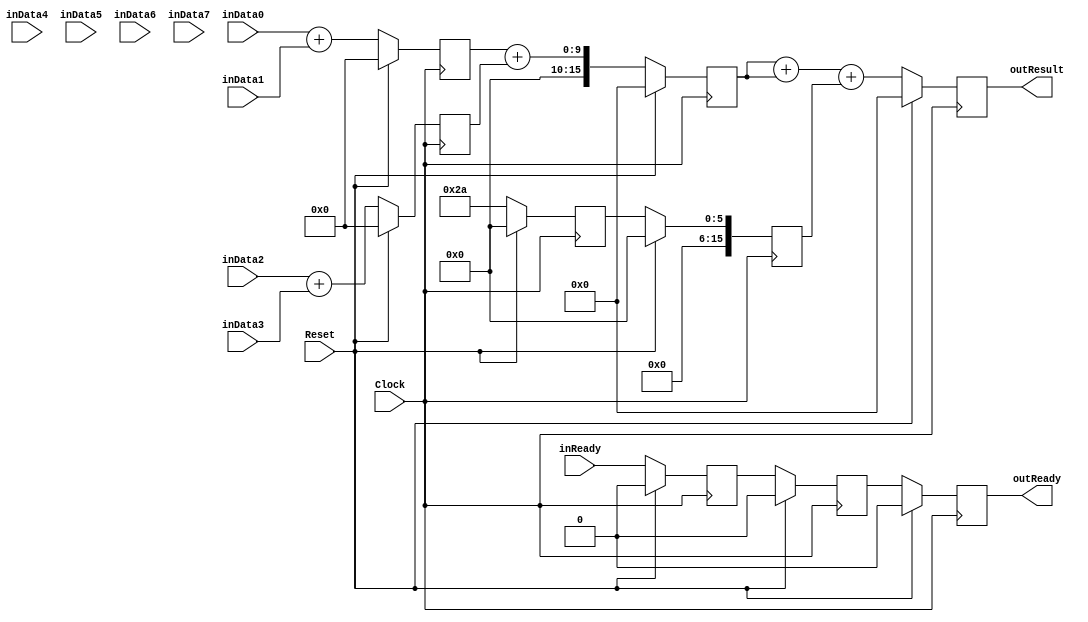
`timescale 1ns/1ps
`default_nettype none
// PLEASE READ THIS, IT MAY SAVE YOU SOME TIME AND MONEY, THANK YOU!
// * This file was generated by Quokka FPGA Toolkit.
// * Generated code is your property, do whatever you want with it
// * Place custom code between [BEGIN USER ***] and [END USER ***].
// * CAUTION: All code outside of [USER] scope is subject to regeneration.
// * Bad things happen sometimes in developer's life,
//   it is recommended to use source control management software (e.g. git, bzr etc) to keep your custom code safe'n'sound.
// * Internal structure of code is subject to change.
//   You can use some of signals in custom code, but most likely they will not exist in future (e.g. will get shorter or gone completely)
// * Please send your feedback, comments, improvement ideas etc. to evmuryshkin@gmail.com
// * Visit https://github.com/EvgenyMuryshkin/QuokkaEvaluation to access latest version of playground
//
// DISCLAIMER:
//   Code comes AS-IS, it is your responsibility to make sure it is working as expected
//   no responsibility will be taken for any loss or damage caused by use of Quokka toolkit.
//
// System configuration name is TypedPipelineModule_TopLevel, clock frequency is 1Hz, Top-level
// FSM summary
// -- Packages
module TypedPipelineModule_TopLevel
(
	// [BEGIN USER PORTS]
	// [END USER PORTS]
	input wire Clock,
	input wire Reset,
	input wire [7:0] inData0,
	input wire [7:0] inData1,
	input wire [7:0] inData2,
	input wire [7:0] inData3,
	input wire [7:0] inData4,
	input wire [7:0] inData5,
	input wire [7:0] inData6,
	input wire [7:0] inData7,
	input wire inReady,
	output wire outReady,
	output wire [15:0] outResult
);
	// [BEGIN USER SIGNALS]
	// [END USER SIGNALS]
	localparam HiSignal = 1'b1;
	localparam LoSignal = 1'b0;
	wire Zero = 1'b0;
	wire One = 1'b1;
	wire true = 1'b1;
	wire false = 1'b0;
	wire [15: 0] Pipeline_stage0_State_sumsDefault = 16'b0000000000000000;
	wire [15: 0] Pipeline_stage1_State_s0SumsDefault = 16'b0000000000000000;
	wire [15: 0] Pipeline_stage1_State_sumsDefault = 16'b0000000000000000;
	wire [5: 0] Pipeline_TypedPipelineModule_L86F29T43_TypedPipelineModule_L53F9L67T10_TypedPipelineModule_L64F21T23_Expr = 6'b101010;
	wire Inputs_inReady;
	reg Pipeline_stage0_NextState_ready;
	reg Pipeline_stage1_NextState_ready;
	reg Pipeline_stage2_NextState_ready;
	reg [15: 0] Pipeline_stage2_NextState_result;
	wire Pipeline_Inputs_inReady;
	wire Pipeline_State_ready;
	wire [15: 0] Pipeline_State_result;
	wire Pipeline_NextState_ready;
	wire [15: 0] Pipeline_NextState_result;
	reg [15: 0] Pipeline_TypedPipelineModule_L86F29T43_TypedPipelineModule_L53F9L67T10_sum0;
	wire [15: 0] Pipeline_TypedPipelineModule_L86F29T43_TypedPipelineModule_L53F9L67T10_TypedPipelineModule_L54F24T69_Cast;
	wire [15: 0] Pipeline_TypedPipelineModule_L86F29T43_TypedPipelineModule_L53F9L67T10_TypedPipelineModule_L61F21T66_Cast;
	wire [15: 0] Pipeline_TypedPipelineModule_L86F29T43_TypedPipelineModule_L53F9L67T10_TypedPipelineModule_L62F21T66_Cast;
	wire [15: 0] Pipeline_TypedPipelineModule_L86F29T43_TypedPipelineModule_L53F9L67T10_TypedPipelineModule_L63F21T66_Cast;
	wire [15: 0] Pipeline_TypedPipelineModule_L87F30T45_TypedPipelineModule_L70F9L81T10_TypedPipelineModule_L77F21T62_Cast;
	wire [15: 0] Pipeline_TypedPipelineModule_L87F30T45_TypedPipelineModule_L70F9L81T10_TypedPipelineModule_L78F21T62_Cast;
	wire [15: 0] Pipeline_TypedPipelineModule_L88F30T70_TypedPipelineModule_L31F9L37T10_TypedPipelineModule_L35F26T86_Cast;
	reg Pipeline_stage0_State_ready = 1'b0;
	wire Pipeline_stage0_State_readyDefault = 1'b0;
	reg Pipeline_stage1_State_ready = 1'b0;
	wire Pipeline_stage1_State_readyDefault = 1'b0;
	reg Pipeline_stage2_State_ready = 1'b0;
	wire Pipeline_stage2_State_readyDefault = 1'b0;
	reg [15: 0] Pipeline_stage2_State_result = 16'b0000000000000000;
	wire [15: 0] Pipeline_stage2_State_resultDefault = 16'b0000000000000000;
	wire [9: 0] Pipeline_TypedPipelineModule_L86F29T43_TypedPipelineModule_L53F9L67T10_TypedPipelineModule_L54F33T68_Expr;
	wire signed [9: 0] Pipeline_TypedPipelineModule_L86F29T43_TypedPipelineModule_L53F9L67T10_TypedPipelineModule_L54F33T68_Expr_1;
	wire signed [9: 0] Pipeline_TypedPipelineModule_L86F29T43_TypedPipelineModule_L53F9L67T10_TypedPipelineModule_L54F33T68_Expr_2;
	wire [9: 0] Pipeline_TypedPipelineModule_L86F29T43_TypedPipelineModule_L53F9L67T10_TypedPipelineModule_L61F30T65_Expr;
	wire signed [9: 0] Pipeline_TypedPipelineModule_L86F29T43_TypedPipelineModule_L53F9L67T10_TypedPipelineModule_L61F30T65_Expr_1;
	wire signed [9: 0] Pipeline_TypedPipelineModule_L86F29T43_TypedPipelineModule_L53F9L67T10_TypedPipelineModule_L61F30T65_Expr_2;
	wire [9: 0] Pipeline_TypedPipelineModule_L86F29T43_TypedPipelineModule_L53F9L67T10_TypedPipelineModule_L62F30T65_Expr;
	wire signed [9: 0] Pipeline_TypedPipelineModule_L86F29T43_TypedPipelineModule_L53F9L67T10_TypedPipelineModule_L62F30T65_Expr_1;
	wire signed [9: 0] Pipeline_TypedPipelineModule_L86F29T43_TypedPipelineModule_L53F9L67T10_TypedPipelineModule_L62F30T65_Expr_2;
	wire [9: 0] Pipeline_TypedPipelineModule_L86F29T43_TypedPipelineModule_L53F9L67T10_TypedPipelineModule_L63F30T65_Expr;
	wire signed [9: 0] Pipeline_TypedPipelineModule_L86F29T43_TypedPipelineModule_L53F9L67T10_TypedPipelineModule_L63F30T65_Expr_1;
	wire signed [9: 0] Pipeline_TypedPipelineModule_L86F29T43_TypedPipelineModule_L53F9L67T10_TypedPipelineModule_L63F30T65_Expr_2;
	wire [17: 0] Pipeline_TypedPipelineModule_L87F30T45_TypedPipelineModule_L70F9L81T10_TypedPipelineModule_L77F30T61_Expr;
	wire signed [17: 0] Pipeline_TypedPipelineModule_L87F30T45_TypedPipelineModule_L70F9L81T10_TypedPipelineModule_L77F30T61_Expr_1;
	wire signed [17: 0] Pipeline_TypedPipelineModule_L87F30T45_TypedPipelineModule_L70F9L81T10_TypedPipelineModule_L77F30T61_Expr_2;
	wire [17: 0] Pipeline_TypedPipelineModule_L87F30T45_TypedPipelineModule_L70F9L81T10_TypedPipelineModule_L78F30T61_Expr;
	wire signed [17: 0] Pipeline_TypedPipelineModule_L87F30T45_TypedPipelineModule_L70F9L81T10_TypedPipelineModule_L78F30T61_Expr_1;
	wire signed [17: 0] Pipeline_TypedPipelineModule_L87F30T45_TypedPipelineModule_L70F9L81T10_TypedPipelineModule_L78F30T61_Expr_2;
	wire [19: 0] Pipeline_TypedPipelineModule_L88F30T70_TypedPipelineModule_L31F9L37T10_TypedPipelineModule_L35F35T85_Expr;
	wire signed [19: 0] Pipeline_TypedPipelineModule_L88F30T70_TypedPipelineModule_L31F9L37T10_TypedPipelineModule_L35F35T85_Expr_1;
	wire signed [19: 0] Pipeline_TypedPipelineModule_L88F30T70_TypedPipelineModule_L31F9L37T10_TypedPipelineModule_L35F35T85_Expr_2;
	wire [17: 0] Pipeline_TypedPipelineModule_L88F30T70_TypedPipelineModule_L31F9L37T10_TypedPipelineModule_L35F35T66_Expr;
	wire signed [17: 0] Pipeline_TypedPipelineModule_L88F30T70_TypedPipelineModule_L31F9L37T10_TypedPipelineModule_L35F35T66_Expr_1;
	wire signed [17: 0] Pipeline_TypedPipelineModule_L88F30T70_TypedPipelineModule_L31F9L37T10_TypedPipelineModule_L35F35T66_Expr_2;
	wire [7 : 0] Inputs_inData [0 : 7];
	integer Pipeline_stage0_State_sums_Iterator;
	reg [15 : 0] Pipeline_stage0_State_sums [0 : 4];
	initial
	begin : Init_Pipeline_stage0_State_sums
		for (Pipeline_stage0_State_sums_Iterator = 0; Pipeline_stage0_State_sums_Iterator < 5; Pipeline_stage0_State_sums_Iterator = Pipeline_stage0_State_sums_Iterator + 1)
			Pipeline_stage0_State_sums[Pipeline_stage0_State_sums_Iterator] = 0;
	end
	integer Pipeline_stage0_NextState_sums_Iterator;
	reg [15 : 0] Pipeline_stage0_NextState_sums [0 : 4];
	initial
	begin : Init_Pipeline_stage0_NextState_sums
		for (Pipeline_stage0_NextState_sums_Iterator = 0; Pipeline_stage0_NextState_sums_Iterator < 5; Pipeline_stage0_NextState_sums_Iterator = Pipeline_stage0_NextState_sums_Iterator + 1)
			Pipeline_stage0_NextState_sums[Pipeline_stage0_NextState_sums_Iterator] = 0;
	end
	integer Pipeline_stage1_State_s0Sums_Iterator;
	reg [15 : 0] Pipeline_stage1_State_s0Sums [0 : 4];
	initial
	begin : Init_Pipeline_stage1_State_s0Sums
		for (Pipeline_stage1_State_s0Sums_Iterator = 0; Pipeline_stage1_State_s0Sums_Iterator < 5; Pipeline_stage1_State_s0Sums_Iterator = Pipeline_stage1_State_s0Sums_Iterator + 1)
			Pipeline_stage1_State_s0Sums[Pipeline_stage1_State_s0Sums_Iterator] = 0;
	end
	integer Pipeline_stage1_NextState_s0Sums_Iterator;
	reg [15 : 0] Pipeline_stage1_NextState_s0Sums [0 : 4];
	initial
	begin : Init_Pipeline_stage1_NextState_s0Sums
		for (Pipeline_stage1_NextState_s0Sums_Iterator = 0; Pipeline_stage1_NextState_s0Sums_Iterator < 5; Pipeline_stage1_NextState_s0Sums_Iterator = Pipeline_stage1_NextState_s0Sums_Iterator + 1)
			Pipeline_stage1_NextState_s0Sums[Pipeline_stage1_NextState_s0Sums_Iterator] = 0;
	end
	integer Pipeline_stage1_State_sums_Iterator;
	reg [15 : 0] Pipeline_stage1_State_sums [0 : 1];
	initial
	begin : Init_Pipeline_stage1_State_sums
		for (Pipeline_stage1_State_sums_Iterator = 0; Pipeline_stage1_State_sums_Iterator < 2; Pipeline_stage1_State_sums_Iterator = Pipeline_stage1_State_sums_Iterator + 1)
			Pipeline_stage1_State_sums[Pipeline_stage1_State_sums_Iterator] = 0;
	end
	integer Pipeline_stage1_NextState_sums_Iterator;
	reg [15 : 0] Pipeline_stage1_NextState_sums [0 : 1];
	initial
	begin : Init_Pipeline_stage1_NextState_sums
		for (Pipeline_stage1_NextState_sums_Iterator = 0; Pipeline_stage1_NextState_sums_Iterator < 2; Pipeline_stage1_NextState_sums_Iterator = Pipeline_stage1_NextState_sums_Iterator + 1)
			Pipeline_stage1_NextState_sums[Pipeline_stage1_NextState_sums_Iterator] = 0;
	end
	wire [7 : 0] Pipeline_Inputs_inData [0 : 7];
	wire [15 : 0] Pipeline_TypedPipelineModule_L86F29T43_TypedPipelineModule_L53F9L67T10_TypedPipelineModule_L58F24L65T18_Enumerable [0 : 4];
	wire [15 : 0] Pipeline_TypedPipelineModule_L87F30T45_TypedPipelineModule_L70F9L81T10_TypedPipelineModule_L75F24L79T18_Enumerable [0 : 1];
	always @ (posedge Clock)
	begin
		if ((Reset == 1))
		begin
			Pipeline_stage0_State_ready <= Pipeline_stage0_State_readyDefault;
			Pipeline_stage1_State_ready <= Pipeline_stage1_State_readyDefault;
			Pipeline_stage2_State_ready <= Pipeline_stage2_State_readyDefault;
			Pipeline_stage2_State_result <= Pipeline_stage2_State_resultDefault;
		end
		else
		begin
			Pipeline_stage0_State_ready <= Pipeline_stage0_NextState_ready;
			Pipeline_stage1_State_ready <= Pipeline_stage1_NextState_ready;
			Pipeline_stage2_State_ready <= Pipeline_stage2_NextState_ready;
			Pipeline_stage2_State_result <= Pipeline_stage2_NextState_result;
		end
	end
	always @ (posedge Clock)
	begin
		if ((Reset == 1))
		begin
			for (Pipeline_stage0_State_sums_Iterator = 0; (Pipeline_stage0_State_sums_Iterator < 5); Pipeline_stage0_State_sums_Iterator = (Pipeline_stage0_State_sums_Iterator + 1))
			begin
				Pipeline_stage0_State_sums[Pipeline_stage0_State_sums_Iterator] <= Pipeline_stage0_State_sumsDefault;
			end
		end
		else
		begin
			for (Pipeline_stage0_State_sums_Iterator = 0; (Pipeline_stage0_State_sums_Iterator < 5); Pipeline_stage0_State_sums_Iterator = (Pipeline_stage0_State_sums_Iterator + 1))
			begin
				Pipeline_stage0_State_sums[Pipeline_stage0_State_sums_Iterator] <= Pipeline_stage0_NextState_sums[Pipeline_stage0_State_sums_Iterator];
			end
		end
	end
	always @ (posedge Clock)
	begin
		if ((Reset == 1))
		begin
			for (Pipeline_stage1_State_s0Sums_Iterator = 0; (Pipeline_stage1_State_s0Sums_Iterator < 5); Pipeline_stage1_State_s0Sums_Iterator = (Pipeline_stage1_State_s0Sums_Iterator + 1))
			begin
				Pipeline_stage1_State_s0Sums[Pipeline_stage1_State_s0Sums_Iterator] <= Pipeline_stage1_State_s0SumsDefault;
			end
		end
		else
		begin
			for (Pipeline_stage1_State_s0Sums_Iterator = 0; (Pipeline_stage1_State_s0Sums_Iterator < 5); Pipeline_stage1_State_s0Sums_Iterator = (Pipeline_stage1_State_s0Sums_Iterator + 1))
			begin
				Pipeline_stage1_State_s0Sums[Pipeline_stage1_State_s0Sums_Iterator] <= Pipeline_stage1_NextState_s0Sums[Pipeline_stage1_State_s0Sums_Iterator];
			end
		end
	end
	always @ (posedge Clock)
	begin
		if ((Reset == 1))
		begin
			for (Pipeline_stage1_State_sums_Iterator = 0; (Pipeline_stage1_State_sums_Iterator < 2); Pipeline_stage1_State_sums_Iterator = (Pipeline_stage1_State_sums_Iterator + 1))
			begin
				Pipeline_stage1_State_sums[Pipeline_stage1_State_sums_Iterator] <= Pipeline_stage1_State_sumsDefault;
			end
		end
		else
		begin
			for (Pipeline_stage1_State_sums_Iterator = 0; (Pipeline_stage1_State_sums_Iterator < 2); Pipeline_stage1_State_sums_Iterator = (Pipeline_stage1_State_sums_Iterator + 1))
			begin
				Pipeline_stage1_State_sums[Pipeline_stage1_State_sums_Iterator] <= Pipeline_stage1_NextState_sums[Pipeline_stage1_State_sums_Iterator];
			end
		end
	end
	assign Pipeline_TypedPipelineModule_L86F29T43_TypedPipelineModule_L53F9L67T10_TypedPipelineModule_L54F33T68_Expr = Pipeline_TypedPipelineModule_L86F29T43_TypedPipelineModule_L53F9L67T10_TypedPipelineModule_L54F33T68_Expr_1 + Pipeline_TypedPipelineModule_L86F29T43_TypedPipelineModule_L53F9L67T10_TypedPipelineModule_L54F33T68_Expr_2;
	assign Pipeline_TypedPipelineModule_L86F29T43_TypedPipelineModule_L53F9L67T10_TypedPipelineModule_L61F30T65_Expr = Pipeline_TypedPipelineModule_L86F29T43_TypedPipelineModule_L53F9L67T10_TypedPipelineModule_L61F30T65_Expr_1 + Pipeline_TypedPipelineModule_L86F29T43_TypedPipelineModule_L53F9L67T10_TypedPipelineModule_L61F30T65_Expr_2;
	assign Pipeline_TypedPipelineModule_L86F29T43_TypedPipelineModule_L53F9L67T10_TypedPipelineModule_L62F30T65_Expr = Pipeline_TypedPipelineModule_L86F29T43_TypedPipelineModule_L53F9L67T10_TypedPipelineModule_L62F30T65_Expr_1 + Pipeline_TypedPipelineModule_L86F29T43_TypedPipelineModule_L53F9L67T10_TypedPipelineModule_L62F30T65_Expr_2;
	assign Pipeline_TypedPipelineModule_L86F29T43_TypedPipelineModule_L53F9L67T10_TypedPipelineModule_L63F30T65_Expr = Pipeline_TypedPipelineModule_L86F29T43_TypedPipelineModule_L53F9L67T10_TypedPipelineModule_L63F30T65_Expr_1 + Pipeline_TypedPipelineModule_L86F29T43_TypedPipelineModule_L53F9L67T10_TypedPipelineModule_L63F30T65_Expr_2;
	assign Pipeline_TypedPipelineModule_L87F30T45_TypedPipelineModule_L70F9L81T10_TypedPipelineModule_L77F30T61_Expr = Pipeline_TypedPipelineModule_L87F30T45_TypedPipelineModule_L70F9L81T10_TypedPipelineModule_L77F30T61_Expr_1 + Pipeline_TypedPipelineModule_L87F30T45_TypedPipelineModule_L70F9L81T10_TypedPipelineModule_L77F30T61_Expr_2;
	assign Pipeline_TypedPipelineModule_L87F30T45_TypedPipelineModule_L70F9L81T10_TypedPipelineModule_L78F30T61_Expr = Pipeline_TypedPipelineModule_L87F30T45_TypedPipelineModule_L70F9L81T10_TypedPipelineModule_L78F30T61_Expr_1 + Pipeline_TypedPipelineModule_L87F30T45_TypedPipelineModule_L70F9L81T10_TypedPipelineModule_L78F30T61_Expr_2;
	assign Pipeline_TypedPipelineModule_L88F30T70_TypedPipelineModule_L31F9L37T10_TypedPipelineModule_L35F35T85_Expr = Pipeline_TypedPipelineModule_L88F30T70_TypedPipelineModule_L31F9L37T10_TypedPipelineModule_L35F35T85_Expr_1 + Pipeline_TypedPipelineModule_L88F30T70_TypedPipelineModule_L31F9L37T10_TypedPipelineModule_L35F35T85_Expr_2;
	assign Pipeline_TypedPipelineModule_L88F30T70_TypedPipelineModule_L31F9L37T10_TypedPipelineModule_L35F35T66_Expr = Pipeline_TypedPipelineModule_L88F30T70_TypedPipelineModule_L31F9L37T10_TypedPipelineModule_L35F35T66_Expr_1 + Pipeline_TypedPipelineModule_L88F30T70_TypedPipelineModule_L31F9L37T10_TypedPipelineModule_L35F35T66_Expr_2;
	always @ (*)
	begin
		Pipeline_TypedPipelineModule_L86F29T43_TypedPipelineModule_L53F9L67T10_sum0 = Pipeline_TypedPipelineModule_L86F29T43_TypedPipelineModule_L53F9L67T10_TypedPipelineModule_L54F24T69_Cast;
	end
	always @ (*)
	begin
		Pipeline_stage0_NextState_ready = Pipeline_stage0_State_ready;
		Pipeline_stage0_NextState_sums[0] = Pipeline_stage0_State_sums[0];
		Pipeline_stage0_NextState_sums[1] = Pipeline_stage0_State_sums[1];
		Pipeline_stage0_NextState_sums[2] = Pipeline_stage0_State_sums[2];
		Pipeline_stage0_NextState_sums[3] = Pipeline_stage0_State_sums[3];
		Pipeline_stage0_NextState_sums[4] = Pipeline_stage0_State_sums[4];
		Pipeline_stage1_NextState_ready = Pipeline_stage1_State_ready;
		Pipeline_stage1_NextState_s0Sums[0] = Pipeline_stage1_State_s0Sums[0];
		Pipeline_stage1_NextState_s0Sums[1] = Pipeline_stage1_State_s0Sums[1];
		Pipeline_stage1_NextState_s0Sums[2] = Pipeline_stage1_State_s0Sums[2];
		Pipeline_stage1_NextState_s0Sums[3] = Pipeline_stage1_State_s0Sums[3];
		Pipeline_stage1_NextState_s0Sums[4] = Pipeline_stage1_State_s0Sums[4];
		Pipeline_stage1_NextState_sums[0] = Pipeline_stage1_State_sums[0];
		Pipeline_stage1_NextState_sums[1] = Pipeline_stage1_State_sums[1];
		Pipeline_stage2_NextState_ready = Pipeline_stage2_State_ready;
		Pipeline_stage2_NextState_result = Pipeline_stage2_State_result;
		Pipeline_stage0_NextState_ready = Pipeline_Inputs_inReady;
		Pipeline_stage0_NextState_sums[0] = Pipeline_TypedPipelineModule_L86F29T43_TypedPipelineModule_L53F9L67T10_TypedPipelineModule_L58F24L65T18_Enumerable[0];
		Pipeline_stage0_NextState_sums[1] = Pipeline_TypedPipelineModule_L86F29T43_TypedPipelineModule_L53F9L67T10_TypedPipelineModule_L58F24L65T18_Enumerable[1];
		Pipeline_stage0_NextState_sums[2] = Pipeline_TypedPipelineModule_L86F29T43_TypedPipelineModule_L53F9L67T10_TypedPipelineModule_L58F24L65T18_Enumerable[2];
		Pipeline_stage0_NextState_sums[3] = Pipeline_TypedPipelineModule_L86F29T43_TypedPipelineModule_L53F9L67T10_TypedPipelineModule_L58F24L65T18_Enumerable[3];
		Pipeline_stage0_NextState_sums[4] = Pipeline_TypedPipelineModule_L86F29T43_TypedPipelineModule_L53F9L67T10_TypedPipelineModule_L58F24L65T18_Enumerable[4];
		Pipeline_stage1_NextState_ready = Pipeline_stage0_State_ready;
		Pipeline_stage1_NextState_s0Sums[0] = Pipeline_stage0_State_sums[0];
		Pipeline_stage1_NextState_s0Sums[1] = Pipeline_stage0_State_sums[1];
		Pipeline_stage1_NextState_s0Sums[2] = Pipeline_stage0_State_sums[2];
		Pipeline_stage1_NextState_s0Sums[3] = Pipeline_stage0_State_sums[3];
		Pipeline_stage1_NextState_s0Sums[4] = Pipeline_stage0_State_sums[4];
		Pipeline_stage1_NextState_sums[0] = Pipeline_TypedPipelineModule_L87F30T45_TypedPipelineModule_L70F9L81T10_TypedPipelineModule_L75F24L79T18_Enumerable[0];
		Pipeline_stage1_NextState_sums[1] = Pipeline_TypedPipelineModule_L87F30T45_TypedPipelineModule_L70F9L81T10_TypedPipelineModule_L75F24L79T18_Enumerable[1];
		Pipeline_stage2_NextState_ready = Pipeline_stage1_State_ready;
		Pipeline_stage2_NextState_result = Pipeline_TypedPipelineModule_L88F30T70_TypedPipelineModule_L31F9L37T10_TypedPipelineModule_L35F26T86_Cast;
	end
	assign Pipeline_TypedPipelineModule_L86F29T43_TypedPipelineModule_L53F9L67T10_TypedPipelineModule_L54F33T68_Expr_1 = {
		{2{1'b0}},
		Pipeline_Inputs_inData[0]
	}
	;
	assign Pipeline_TypedPipelineModule_L86F29T43_TypedPipelineModule_L53F9L67T10_TypedPipelineModule_L54F33T68_Expr_2 = {
		{2{1'b0}},
		Pipeline_Inputs_inData[1]
	}
	;
	assign Pipeline_TypedPipelineModule_L86F29T43_TypedPipelineModule_L53F9L67T10_TypedPipelineModule_L61F30T65_Expr_1 = {
		{2{1'b0}},
		Pipeline_Inputs_inData[2]
	}
	;
	assign Pipeline_TypedPipelineModule_L86F29T43_TypedPipelineModule_L53F9L67T10_TypedPipelineModule_L61F30T65_Expr_2 = {
		{2{1'b0}},
		Pipeline_Inputs_inData[3]
	}
	;
	assign Pipeline_TypedPipelineModule_L86F29T43_TypedPipelineModule_L53F9L67T10_TypedPipelineModule_L62F30T65_Expr_1 = {
		{2{1'b0}},
		Pipeline_Inputs_inData[4]
	}
	;
	assign Pipeline_TypedPipelineModule_L86F29T43_TypedPipelineModule_L53F9L67T10_TypedPipelineModule_L62F30T65_Expr_2 = {
		{2{1'b0}},
		Pipeline_Inputs_inData[5]
	}
	;
	assign Pipeline_TypedPipelineModule_L86F29T43_TypedPipelineModule_L53F9L67T10_TypedPipelineModule_L63F30T65_Expr_1 = {
		{2{1'b0}},
		Pipeline_Inputs_inData[6]
	}
	;
	assign Pipeline_TypedPipelineModule_L86F29T43_TypedPipelineModule_L53F9L67T10_TypedPipelineModule_L63F30T65_Expr_2 = {
		{2{1'b0}},
		Pipeline_Inputs_inData[7]
	}
	;
	assign Pipeline_TypedPipelineModule_L87F30T45_TypedPipelineModule_L70F9L81T10_TypedPipelineModule_L77F30T61_Expr_1 = {
		{2{1'b0}},
		Pipeline_stage0_State_sums[0]
	}
	;
	assign Pipeline_TypedPipelineModule_L87F30T45_TypedPipelineModule_L70F9L81T10_TypedPipelineModule_L77F30T61_Expr_2 = {
		{2{1'b0}},
		Pipeline_stage0_State_sums[1]
	}
	;
	assign Pipeline_TypedPipelineModule_L87F30T45_TypedPipelineModule_L70F9L81T10_TypedPipelineModule_L78F30T61_Expr_1 = {
		{2{1'b0}},
		Pipeline_stage0_State_sums[2]
	}
	;
	assign Pipeline_TypedPipelineModule_L87F30T45_TypedPipelineModule_L70F9L81T10_TypedPipelineModule_L78F30T61_Expr_2 = {
		{2{1'b0}},
		Pipeline_stage0_State_sums[3]
	}
	;
	assign Pipeline_TypedPipelineModule_L88F30T70_TypedPipelineModule_L31F9L37T10_TypedPipelineModule_L35F35T85_Expr_1 = {
		{2{1'b0}},
		Pipeline_TypedPipelineModule_L88F30T70_TypedPipelineModule_L31F9L37T10_TypedPipelineModule_L35F35T66_Expr
	}
	;
	assign Pipeline_TypedPipelineModule_L88F30T70_TypedPipelineModule_L31F9L37T10_TypedPipelineModule_L35F35T85_Expr_2 = {
		{4{1'b0}},
		Pipeline_stage1_State_s0Sums[4]
	}
	;
	assign Pipeline_TypedPipelineModule_L88F30T70_TypedPipelineModule_L31F9L37T10_TypedPipelineModule_L35F35T66_Expr_1 = {
		{2{1'b0}},
		Pipeline_stage1_State_sums[0]
	}
	;
	assign Pipeline_TypedPipelineModule_L88F30T70_TypedPipelineModule_L31F9L37T10_TypedPipelineModule_L35F35T66_Expr_2 = {
		{2{1'b0}},
		Pipeline_stage1_State_sums[0]
	}
	;
	assign Inputs_inData[0] = inData0;
	assign Inputs_inData[1] = inData1;
	assign Inputs_inData[2] = inData2;
	assign Inputs_inData[3] = inData3;
	assign Inputs_inData[4] = inData4;
	assign Inputs_inData[5] = inData5;
	assign Inputs_inData[6] = inData6;
	assign Inputs_inData[7] = inData7;
	assign Inputs_inReady = inReady;
	assign Pipeline_State_ready = Pipeline_stage2_State_ready;
	assign Pipeline_State_result = Pipeline_stage2_State_result;
	assign Pipeline_NextState_ready = Pipeline_stage2_NextState_ready;
	assign Pipeline_NextState_result = Pipeline_stage2_NextState_result;
	assign Pipeline_TypedPipelineModule_L86F29T43_TypedPipelineModule_L53F9L67T10_TypedPipelineModule_L54F24T69_Cast = {
		{6{1'b0}},
		Pipeline_TypedPipelineModule_L86F29T43_TypedPipelineModule_L53F9L67T10_TypedPipelineModule_L54F33T68_Expr
	}
	;
	assign Pipeline_TypedPipelineModule_L86F29T43_TypedPipelineModule_L53F9L67T10_TypedPipelineModule_L61F21T66_Cast = {
		{6{1'b0}},
		Pipeline_TypedPipelineModule_L86F29T43_TypedPipelineModule_L53F9L67T10_TypedPipelineModule_L61F30T65_Expr
	}
	;
	assign Pipeline_TypedPipelineModule_L86F29T43_TypedPipelineModule_L53F9L67T10_TypedPipelineModule_L62F21T66_Cast = {
		{6{1'b0}},
		Pipeline_TypedPipelineModule_L86F29T43_TypedPipelineModule_L53F9L67T10_TypedPipelineModule_L62F30T65_Expr
	}
	;
	assign Pipeline_TypedPipelineModule_L86F29T43_TypedPipelineModule_L53F9L67T10_TypedPipelineModule_L63F21T66_Cast = {
		{6{1'b0}},
		Pipeline_TypedPipelineModule_L86F29T43_TypedPipelineModule_L53F9L67T10_TypedPipelineModule_L63F30T65_Expr
	}
	;
	assign Pipeline_TypedPipelineModule_L86F29T43_TypedPipelineModule_L53F9L67T10_TypedPipelineModule_L58F24L65T18_Enumerable[0] = Pipeline_TypedPipelineModule_L86F29T43_TypedPipelineModule_L53F9L67T10_sum0;
	assign Pipeline_TypedPipelineModule_L86F29T43_TypedPipelineModule_L53F9L67T10_TypedPipelineModule_L58F24L65T18_Enumerable[1] = Pipeline_TypedPipelineModule_L86F29T43_TypedPipelineModule_L53F9L67T10_TypedPipelineModule_L61F21T66_Cast;
	assign Pipeline_TypedPipelineModule_L86F29T43_TypedPipelineModule_L53F9L67T10_TypedPipelineModule_L58F24L65T18_Enumerable[2] = Pipeline_TypedPipelineModule_L86F29T43_TypedPipelineModule_L53F9L67T10_TypedPipelineModule_L62F21T66_Cast;
	assign Pipeline_TypedPipelineModule_L86F29T43_TypedPipelineModule_L53F9L67T10_TypedPipelineModule_L58F24L65T18_Enumerable[3] = Pipeline_TypedPipelineModule_L86F29T43_TypedPipelineModule_L53F9L67T10_TypedPipelineModule_L63F21T66_Cast;
	assign Pipeline_TypedPipelineModule_L86F29T43_TypedPipelineModule_L53F9L67T10_TypedPipelineModule_L58F24L65T18_Enumerable[4] = {
		{10{1'b0}},
		Pipeline_TypedPipelineModule_L86F29T43_TypedPipelineModule_L53F9L67T10_TypedPipelineModule_L64F21T23_Expr
	}
	;
	assign Pipeline_TypedPipelineModule_L87F30T45_TypedPipelineModule_L70F9L81T10_TypedPipelineModule_L77F21T62_Cast = Pipeline_TypedPipelineModule_L87F30T45_TypedPipelineModule_L70F9L81T10_TypedPipelineModule_L77F30T61_Expr[15:0];
	assign Pipeline_TypedPipelineModule_L87F30T45_TypedPipelineModule_L70F9L81T10_TypedPipelineModule_L78F21T62_Cast = Pipeline_TypedPipelineModule_L87F30T45_TypedPipelineModule_L70F9L81T10_TypedPipelineModule_L78F30T61_Expr[15:0];
	assign Pipeline_TypedPipelineModule_L87F30T45_TypedPipelineModule_L70F9L81T10_TypedPipelineModule_L75F24L79T18_Enumerable[0] = Pipeline_TypedPipelineModule_L87F30T45_TypedPipelineModule_L70F9L81T10_TypedPipelineModule_L77F21T62_Cast;
	assign Pipeline_TypedPipelineModule_L87F30T45_TypedPipelineModule_L70F9L81T10_TypedPipelineModule_L75F24L79T18_Enumerable[1] = Pipeline_TypedPipelineModule_L87F30T45_TypedPipelineModule_L70F9L81T10_TypedPipelineModule_L78F21T62_Cast;
	assign Pipeline_TypedPipelineModule_L88F30T70_TypedPipelineModule_L31F9L37T10_TypedPipelineModule_L35F26T86_Cast = Pipeline_TypedPipelineModule_L88F30T70_TypedPipelineModule_L31F9L37T10_TypedPipelineModule_L35F35T85_Expr[15:0];
	assign outReady = Pipeline_State_ready;
	assign outResult = Pipeline_State_result;
	assign Pipeline_Inputs_inData[0] = Inputs_inData[0];
	assign Pipeline_Inputs_inData[1] = Inputs_inData[1];
	assign Pipeline_Inputs_inData[2] = Inputs_inData[2];
	assign Pipeline_Inputs_inData[3] = Inputs_inData[3];
	assign Pipeline_Inputs_inData[4] = Inputs_inData[4];
	assign Pipeline_Inputs_inData[5] = Inputs_inData[5];
	assign Pipeline_Inputs_inData[6] = Inputs_inData[6];
	assign Pipeline_Inputs_inData[7] = Inputs_inData[7];
	assign Pipeline_Inputs_inReady = Inputs_inReady;
	// [BEGIN USER ARCHITECTURE]
	// [END USER ARCHITECTURE]
endmodule